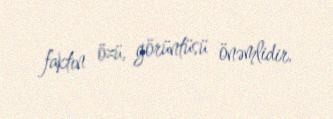
faktın özü, görüntüsü önəmlidir.